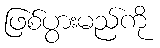
ဖြစ်ပွားမည်ကို